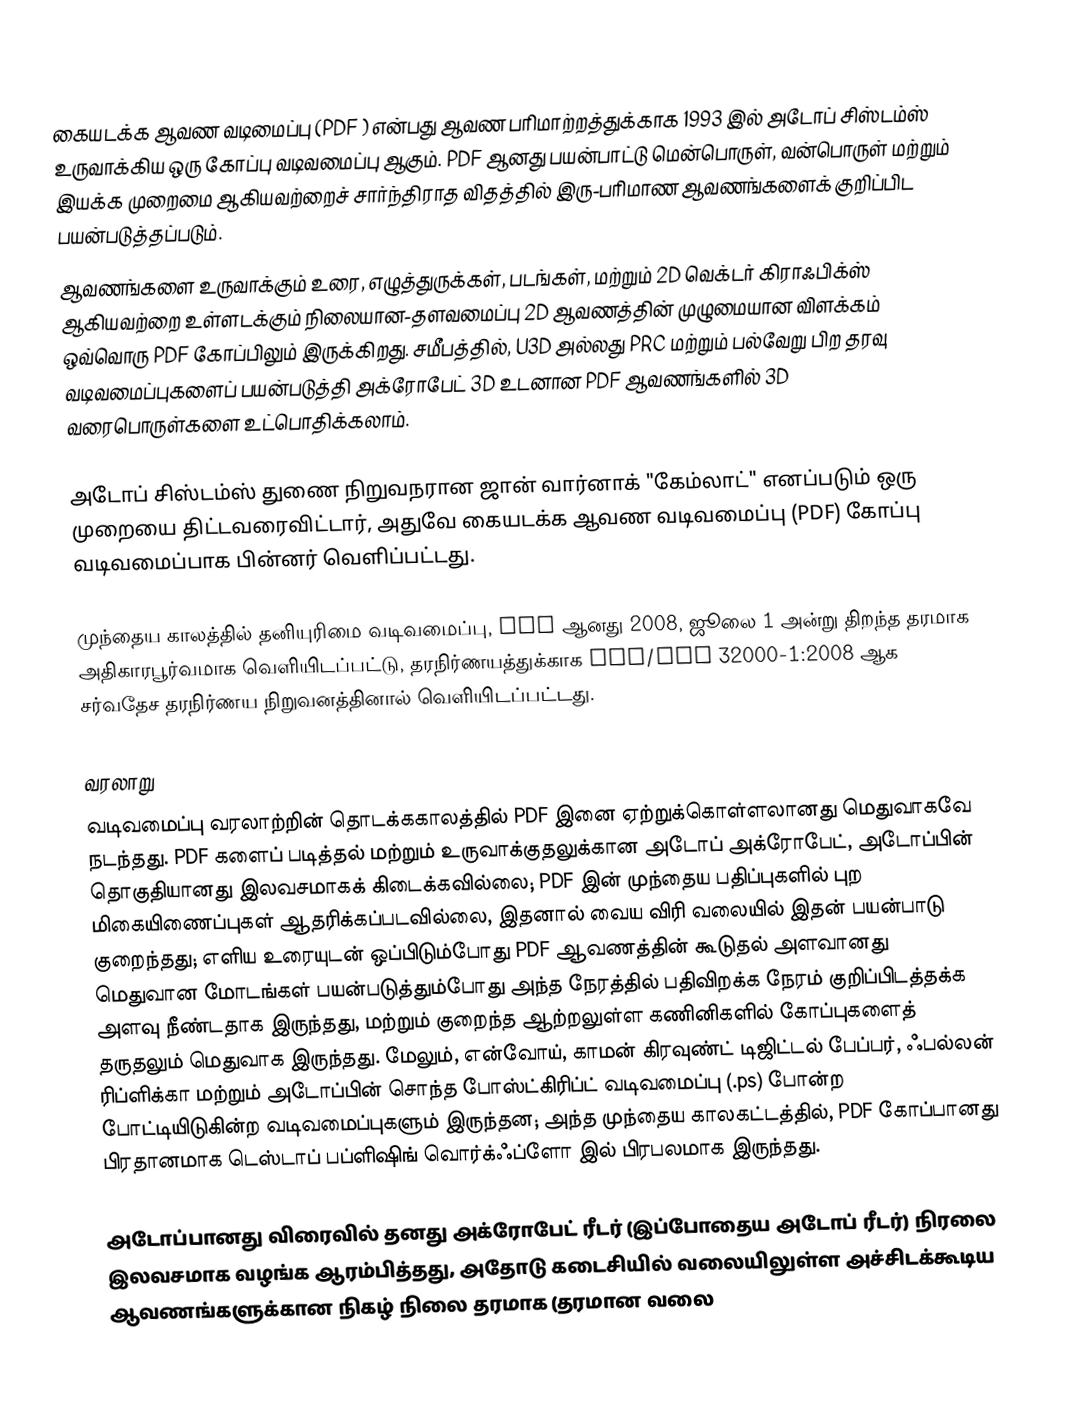
கையடக்க ஆவண வடிமைப்பு (PDF ) என்பது ஆவண பரிமாற்றத்துக்காக 1993 இல் அடோப் சிஸ்டம்ஸ் உருவாக்கிய ஒரு கோப்பு வடிவமைப்பு ஆகும். PDF ஆனது பயன்பாட்டு மென்பொருள், வன்பொருள் மற்றும் இயக்க முறைமை ஆகியவற்றைச் சார்ந்திராத விதத்தில் இரு-பரிமாண ஆவணங்களைக் குறிப்பிட பயன்படுத்தப்படும்.
ஆவணங்களை உருவாக்கும் உரை, எழுத்துருக்கள், படங்கள், மற்றும் 2D வெக்டர் கிராஃபிக்ஸ் ஆகியவற்றை உள்ளடக்கும் நிலையான-தளவமைப்பு 2D ஆவணத்தின் முழுமையான விளக்கம் ஒவ்வொரு PDF கோப்பிலும் இருக்கிறது. சமீபத்தில், U3D அல்லது PRC மற்றும் பல்வேறு பிற தரவு வடிவமைப்புகளைப் பயன்படுத்தி அக்ரோபேட் 3D உடனான PDF ஆவணங்களில் 3D வரைபொருள்களை உட்பொதிக்கலாம்.

அடோப் சிஸ்டம்ஸ் துணை நிறுவநரான ஜான் வார்னாக் "கேம்லாட்" எனப்படும் ஒரு முறையை திட்டவரைவிட்டார், அதுவே கையடக்க ஆவண வடிவமைப்பு (PDF) கோப்பு வடிவமைப்பாக பின்னர் வெளிப்பட்டது.

முந்தைய காலத்தில் தனியுரிமை வடிவமைப்பு, PDF ஆனது 2008, ஜூலை 1 அன்று திறந்த தரமாக அதிகாரபூர்வமாக வெளியிடப்பட்டு, தரநிர்ணயத்துக்காக ISO/IEC 32000-1:2008 ஆக சர்வதேச தரநிர்ணய நிறுவனத்தினால் வெளியிடப்பட்டது.

வரலாறு
வடிவமைப்பு வரலாற்றின் தொடக்ககாலத்தில் PDF இனை ஏற்றுக்கொள்ளலானது மெதுவாகவே நடந்தது. PDF களைப் படித்தல் மற்றும் உருவாக்குதலுக்கான அடோப் அக்ரோபேட், அடோப்பின் தொகுதியானது இலவசமாகக் கிடைக்கவில்லை; PDF இன் முந்தைய பதிப்புகளில் புற மிகையிணைப்புகள் ஆதரிக்கப்படவில்லை, இதனால் வைய விரி வலையில் இதன் பயன்பாடு குறைந்தது; எளிய உரையுடன் ஒப்பிடும்போது PDF ஆவணத்தின் கூடுதல் அளவானது மெதுவான மோடங்கள் பயன்படுத்தும்போது அந்த நேரத்தில் பதிவிறக்க நேரம் குறிப்பிடத்தக்க அளவு நீண்டதாக இருந்தது, மற்றும் குறைந்த ஆற்றலுள்ள கணினிகளில் கோப்புகளைத் தருதலும் மெதுவாக இருந்தது. மேலும், என்வோய், காமன் கிரவுண்ட் டிஜிட்டல் பேப்பர், ஃபல்லன் ரிப்ளிக்கா மற்றும் அடோப்பின் சொந்த போஸ்ட்கிரிப்ட் வடிவமைப்பு (.ps) போன்ற போட்டியிடுகின்ற வடிவமைப்புகளும் இருந்தன; அந்த முந்தைய காலகட்டத்தில், PDF கோப்பானது பிரதானமாக டெஸ்டாப் பப்ளிஷிங் வொர்க்ஃப்ளோ இல் பிரபலமாக இருந்தது.

அடோப்பானது விரைவில் தனது அக்ரோபேட் ரீடர் (இப்போதைய அடோப் ரீடர்) நிரலை இலவசமாக வழங்க ஆரம்பித்தது, அதோடு கடைசியில் வலையிலுள்ள அச்சிடக்கூடிய ஆவணங்களுக்கான நிகழ் நிலை தரமாக (தரமான வலை